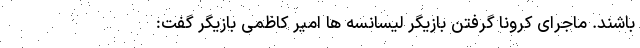
باشند. ماجرای کرونا گرفتن بازیگر لیسانسه ‌ها امیر کاظمی بازیگر گفت: